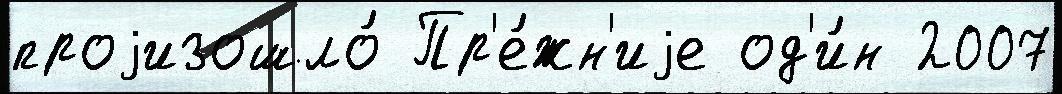
проjизошло́ Пр'е́жн'иjе од'и́н 2007